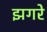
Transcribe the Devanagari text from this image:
झगरे